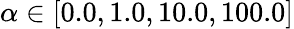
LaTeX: \alpha\in[0.0,1.0,10.0,100.0]